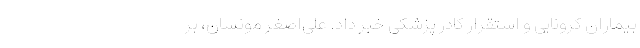
بیماران کرونایی و استقرار کادر پزشکی خبر داد. علی‌اصغر مونسان، بر